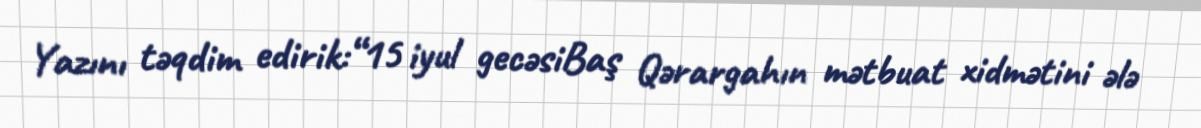
Yazını təqdim edirik:“15 iyul gecəsiBaş Qərargahın mətbuat xidmətini ələ